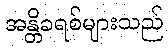
အန္တိခရစ်များသည်